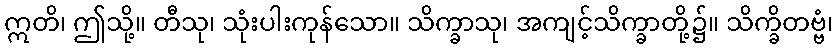
ဣတိ၊ ဤသို့။ တီသု၊ သုံးပါးကုန်သော။ သိက္ခာသု၊ အကျင့်သိက္ခာတို့၌။ သိက္ခိတဗ္ဗံ၊